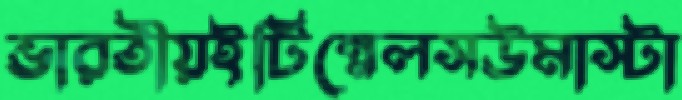
ভারতীয়ইটিন্নেলসউমাস্টা